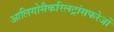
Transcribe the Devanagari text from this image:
आलिगोसैकरिलट्रांसफरेजों